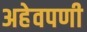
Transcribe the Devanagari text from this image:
अहेवपणी